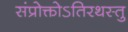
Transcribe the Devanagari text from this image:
संप्रोक्तोऽतिरथस्तु